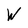
Character: W